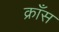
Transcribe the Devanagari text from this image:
क्राँस